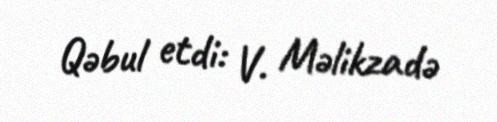
Qəbul etdi: V. Məlikzadə